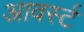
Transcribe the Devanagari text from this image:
आवर्स्ट